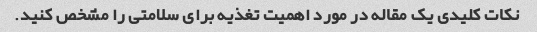
نکات کلیدی یک مقاله در مورد اهمیت تغذیه برای سلامتی را مشخص کنید.